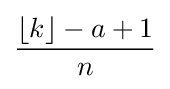
{\frac {\lfloor k\rfloor -a+1}{n}}